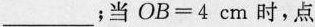
___；当$$O B = 4 c m$$时，点